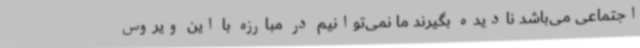
اجتماعی می‌باشد نادیده بگیرند ما نمی‌توانیم در مبارزه با این ویروس